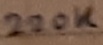
Text: 220K